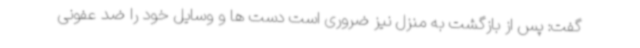
گفت: پس از بازگشت به منزل نیز ضروری است دست ها و وسایل خود را ضد عفونی